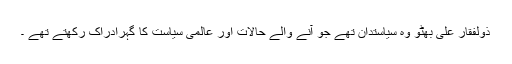
ذولفقار علی بھٹو وہ سیاستدان تھے جو آنے والے حالات اور عالمی سیاست کا گہرادراک رکھتے تھے ۔